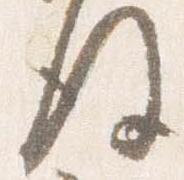
後